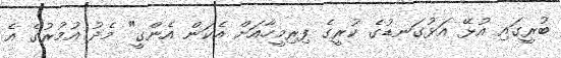
ބުރީގައި އުޅޭ އަޅުގަނޑުގެ ކުރީގެ ފިރިމީހާއަށް އެކަން އެންގީ" މެދު އުމުރުގެ އެ